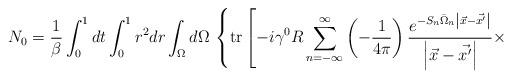
LaTeX: \begin{align*}N_0 =\frac1{\beta} \int_0^1 dt \int_0^1 r^2 dr\int_{\Omega} d\Omega \,\left\{ {\rm tr} \left[ -i \gamma^0 R \sum_{n=-\infty}^{\infty} \left( - \frac1{4 \pi} \right) \frac{e^{-S_n \bar{\Omega}_n \left| \vec{x} - \vec{x'} \right|}}{\left| \vec{x} - \vec{x'} \right|} \times \right. \right.\end{align*}